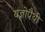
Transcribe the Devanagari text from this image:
यज्ञोपैथी